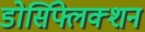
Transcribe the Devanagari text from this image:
डोर्सिफ्लेक्शन